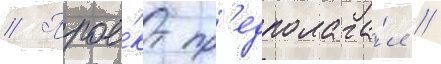
// Прое́кт пр'едполага́л /